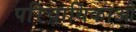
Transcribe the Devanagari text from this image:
परिचायिकाओ